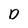
Character: D